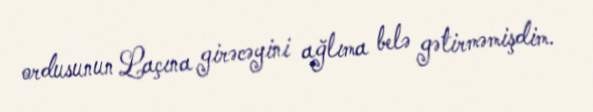
ordusunun Laçına girəcəyini ağlıma belə gətirməmişdim.